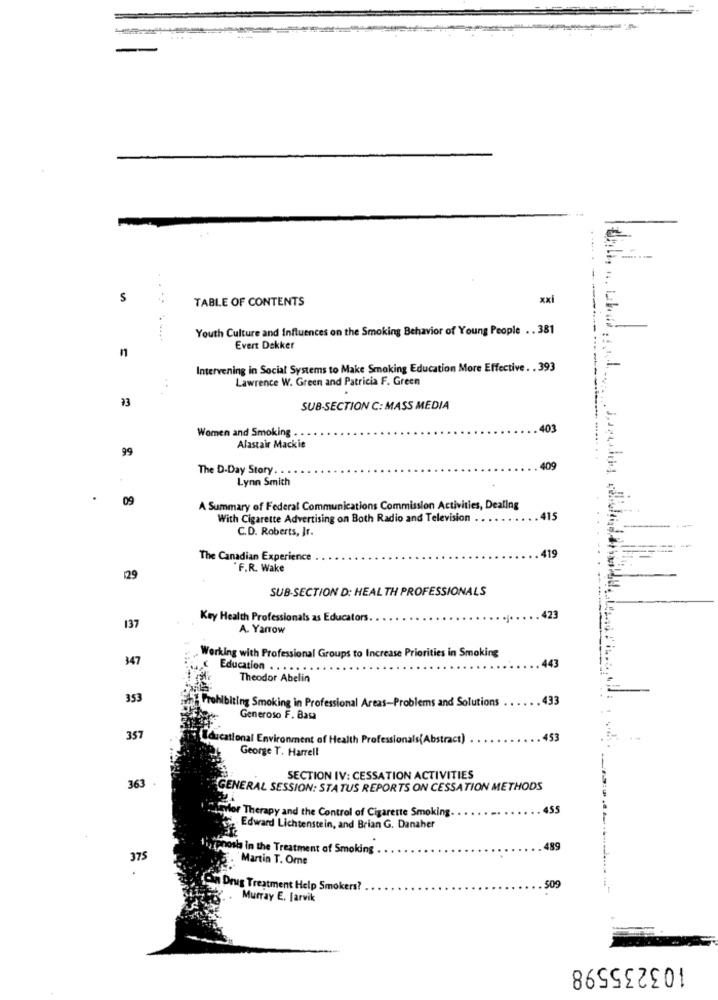
S
TABLE OF CONTENTS
xxi
Youth Culture and Influences on the Smoking Behavior of Young People . . 381
Evert Dekker
Intervening in Social Systems to Make Smoking Education More Effective . . 393
Lawrence W. Green and Patricia F. Green
33
SUB-SECTION C: MASS MEDIA
Women and Smoking . .
403
99
Alastair Mackie
The D-Day Story. . .
409
Lynn Smith
09
A Summary of Federal Communications Commission Activities, Dealing
With Cigarette Advertising on Both Radio and Television
115
C.D. Roberts, Jr.
The Canadian Experience
419
"F.R. Wake
129
SUB-SECTION D: HEALTH PROFESSIONALS
137
Key Health Professionals as Educators
423
A. Yarrow
347
. Working with Professional Groups to Increase Priorities in Smoking
443
Education . .
Theodor Abelin
353
Prohibiting Smoking in Professional Areas-Problems and Solutions
433
Generoso F. Basa
357
ducational Environment of Health Professionals(Abstract)
George T. Harrell
SECTION IV: CESSATION ACTIVITIES
363
GENERAL SESSION: STATUS REPORTS ON CESSATION METHODS
or Therapy and the Control of Cigarette Smoking.
Edward Lichtenstein, and Brian G. Danaher
sia in the Treatment of Smoking
489
375
Martin T. Ore
509
Drug Treatment Help Smokers?
Murray E. Jarvik
103235598